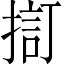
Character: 𢱏